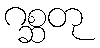
ဂစ္ဆတု